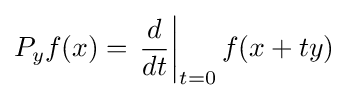
P_{y}f(x)=\left.{d \over dt}\right|_{t=0}f(x+ty)